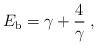
LaTeX: \begin{align*}E_{\rm b} = \gamma + { 4 \over \gamma}\;, \end{align*}